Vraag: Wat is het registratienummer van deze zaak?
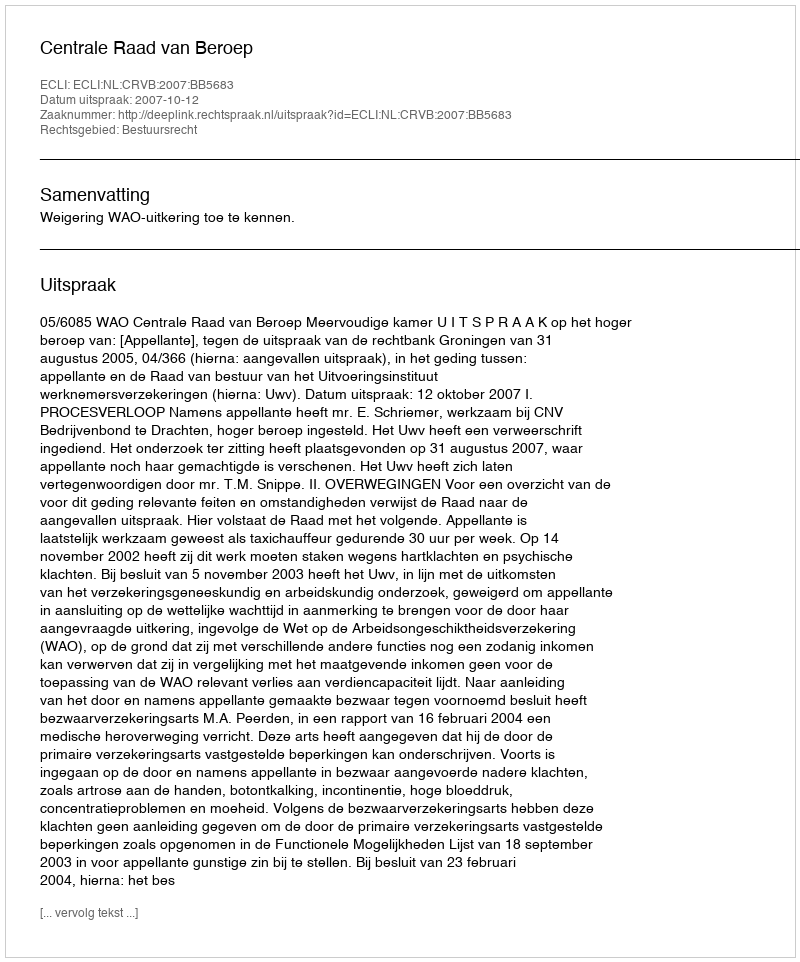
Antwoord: http://deeplink.rechtspraak.nl/uitspraak?id=ECLI:NL:CRVB:2007:BB5683